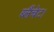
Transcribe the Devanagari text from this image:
ब्लैंचेट।